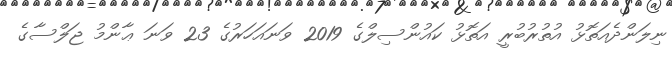
ނިލަންދެއަތޮޅު އުތުރުބުރީ އަތޮޅު ކައުންސިލްގެ 2019 ވަނައަހަރުގެ 23 ވަނަ ޢާންމު ޖަލްސާގެ